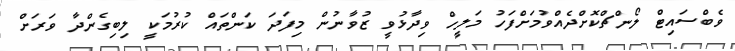
ވެބްސައިޓް ލޯންޗްކޮށްދެއްވުމަށްފަހު މަލީހް ވިދާޅުވީ ޒުވާނުން މިފަދަ ކަންތައް ކުރުމަކީ ލިބިގެންދާ ވަރަށް